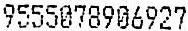
9555078906927